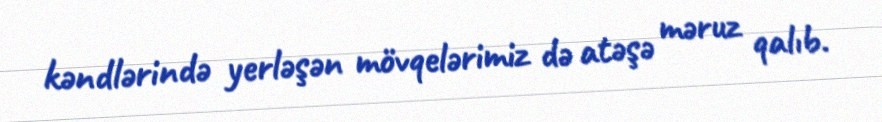
kəndlərində yerləşən mövqelərimiz də atəşə məruz qalıb.